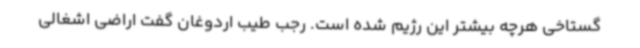
گستاخی هرچه بیشتر این رژیم شده است. رجب طیب اردوغان گفت اراضی اشغالی